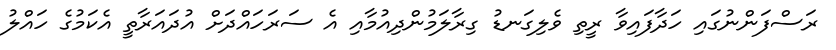
ރަސްފަންނުގައި ހަދާފައިވާ ރީތި ވެލިގަނޑު ގިރާލަމުންދިއުމާއި އެ ސަރަހައްދަށް އުދައަރާތީ އެކަމުގެ ހައްލު